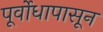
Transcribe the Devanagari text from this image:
पूर्वोधापासून